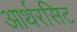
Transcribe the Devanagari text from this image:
आर्थरसिट